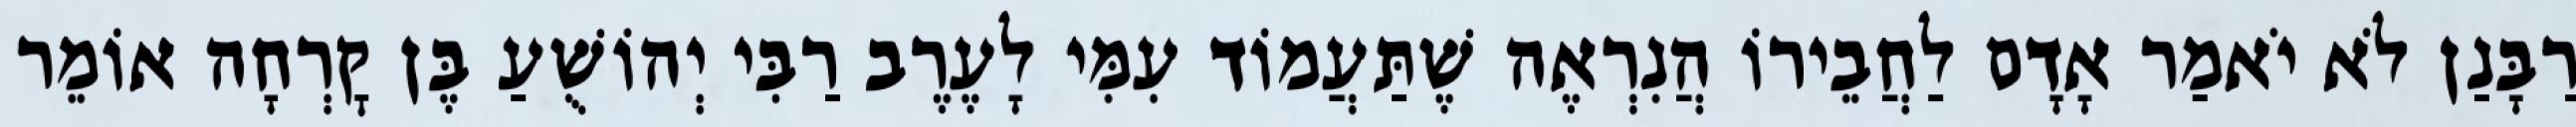
רַבָּנַן לֹא יֹאמַר אָדָם לַחֲבֵירוֹ הֲנִרְאֶה שֶׁתַּעֲמוֹד עִמִּי לָעֶרֶב רַבִּי יְהוֹשֻׁעַ בֶּן קׇרְחָה אוֹמֵר